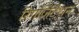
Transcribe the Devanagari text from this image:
रिगर्जिटेशन